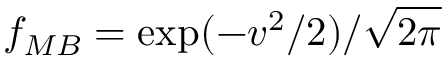
f _ { M B } = \exp ( - v ^ { 2 } / 2 ) / \sqrt { 2 \pi }